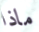
ماذا